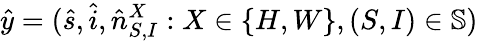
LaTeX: \hat{y}=(\hat{s},\hat{i},\hat{n}_{S,I}^{X}:X\in\{ H,W\} ,(S,I)\in\mathbb{S})